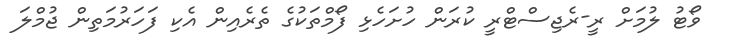
ވޯޓު ލުމަށް ރީ-ރެޖިސްޓްރީ ކުރަން ހުށަހެޅި ފޯމްތަކުގެ ތެރެއިން އެކި ފަހަރުމަތިން ޖުމްލަ